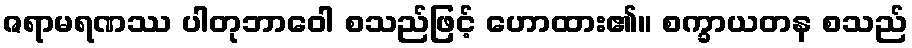
ဇရာမရဏဿ ပါတုဘာဝေါ စသည်ဖြင့် ဟောထား၏။ စက္ခာယတန စသည်